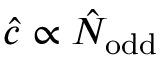
\hat { c } \propto \hat { N } _ { \mathrm { o d d } }